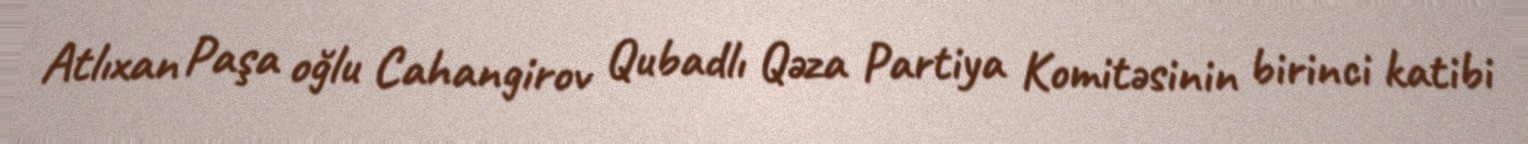
Atlıxan Paşa oğlu Cahangirov Qubadlı Qəza Partiya Komitəsinin birinci katibi